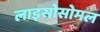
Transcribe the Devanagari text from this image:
लाइसोसोमल